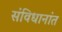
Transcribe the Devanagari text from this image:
संविधानांत